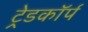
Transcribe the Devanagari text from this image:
ट्रेडकॉर्प